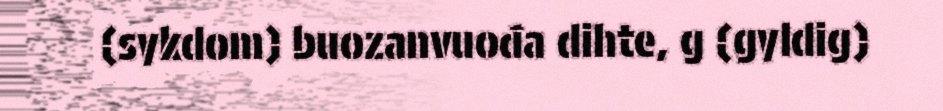
(sykdom) buozanvuođa dihte, g (gyldig)